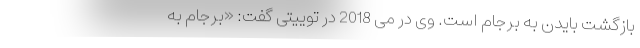
بازگشت بایدن به برجام است. وی در می 2018 در توییتی گفت: «برجام به